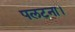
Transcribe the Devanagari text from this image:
पलटना।